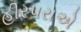
હીરપરાએ